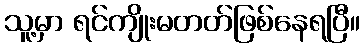
သူ့မှာ ရင်ကျိုးမတတ်ဖြစ်နေရပြီ။